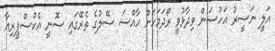
އަލީ ނަސީރު އަހުސަން ވިދާޅުވީ ރޯދަމަހަށް ހާއްސަ ސޭލުގެ ތެރޭގައި ސޮނީ އެކްސްޕީރިއާ